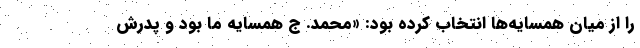
را از میان همسایه‌ها انتخاب کرده بود: «محمد. ج همسایه ما بود و پدرش